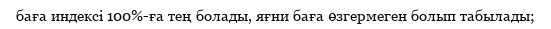
баға индексі 100%-ға тең болады, яғни баға өзгермеген болып табылады;